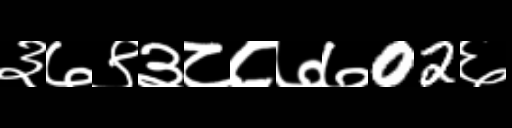
Text: ३७९३८८७७02६